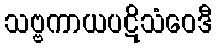
သဗ္ဗကာယပဋိသံဝေဒီ